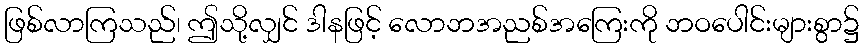
ဖြစ်လာကြသည်၊ ဤသို့လျှင် ဒါနဖြင့် လောဘအညစ်အကြေးကို ဘဝပေါင်းများစွာ၌